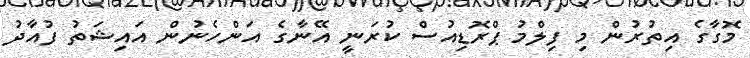
މޮގާގެ އިތުރުން މި ފިލްމު ޕްރޮޑިއުސް ކުރަނީ އޭނާގެ އަންހެނުން އައިޝަތު ފުއާދު